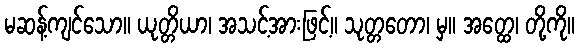
မဆန့်ကျင်သော။ ယုတ္တိယာ၊ အသင့်အားဖြင့်။ သုတ္တတော၊ မှ။ အတ္ထေ၊ တို့ကို။